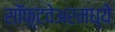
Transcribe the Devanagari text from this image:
सॉफ़्टवेअरमध्ये